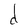
Character: d